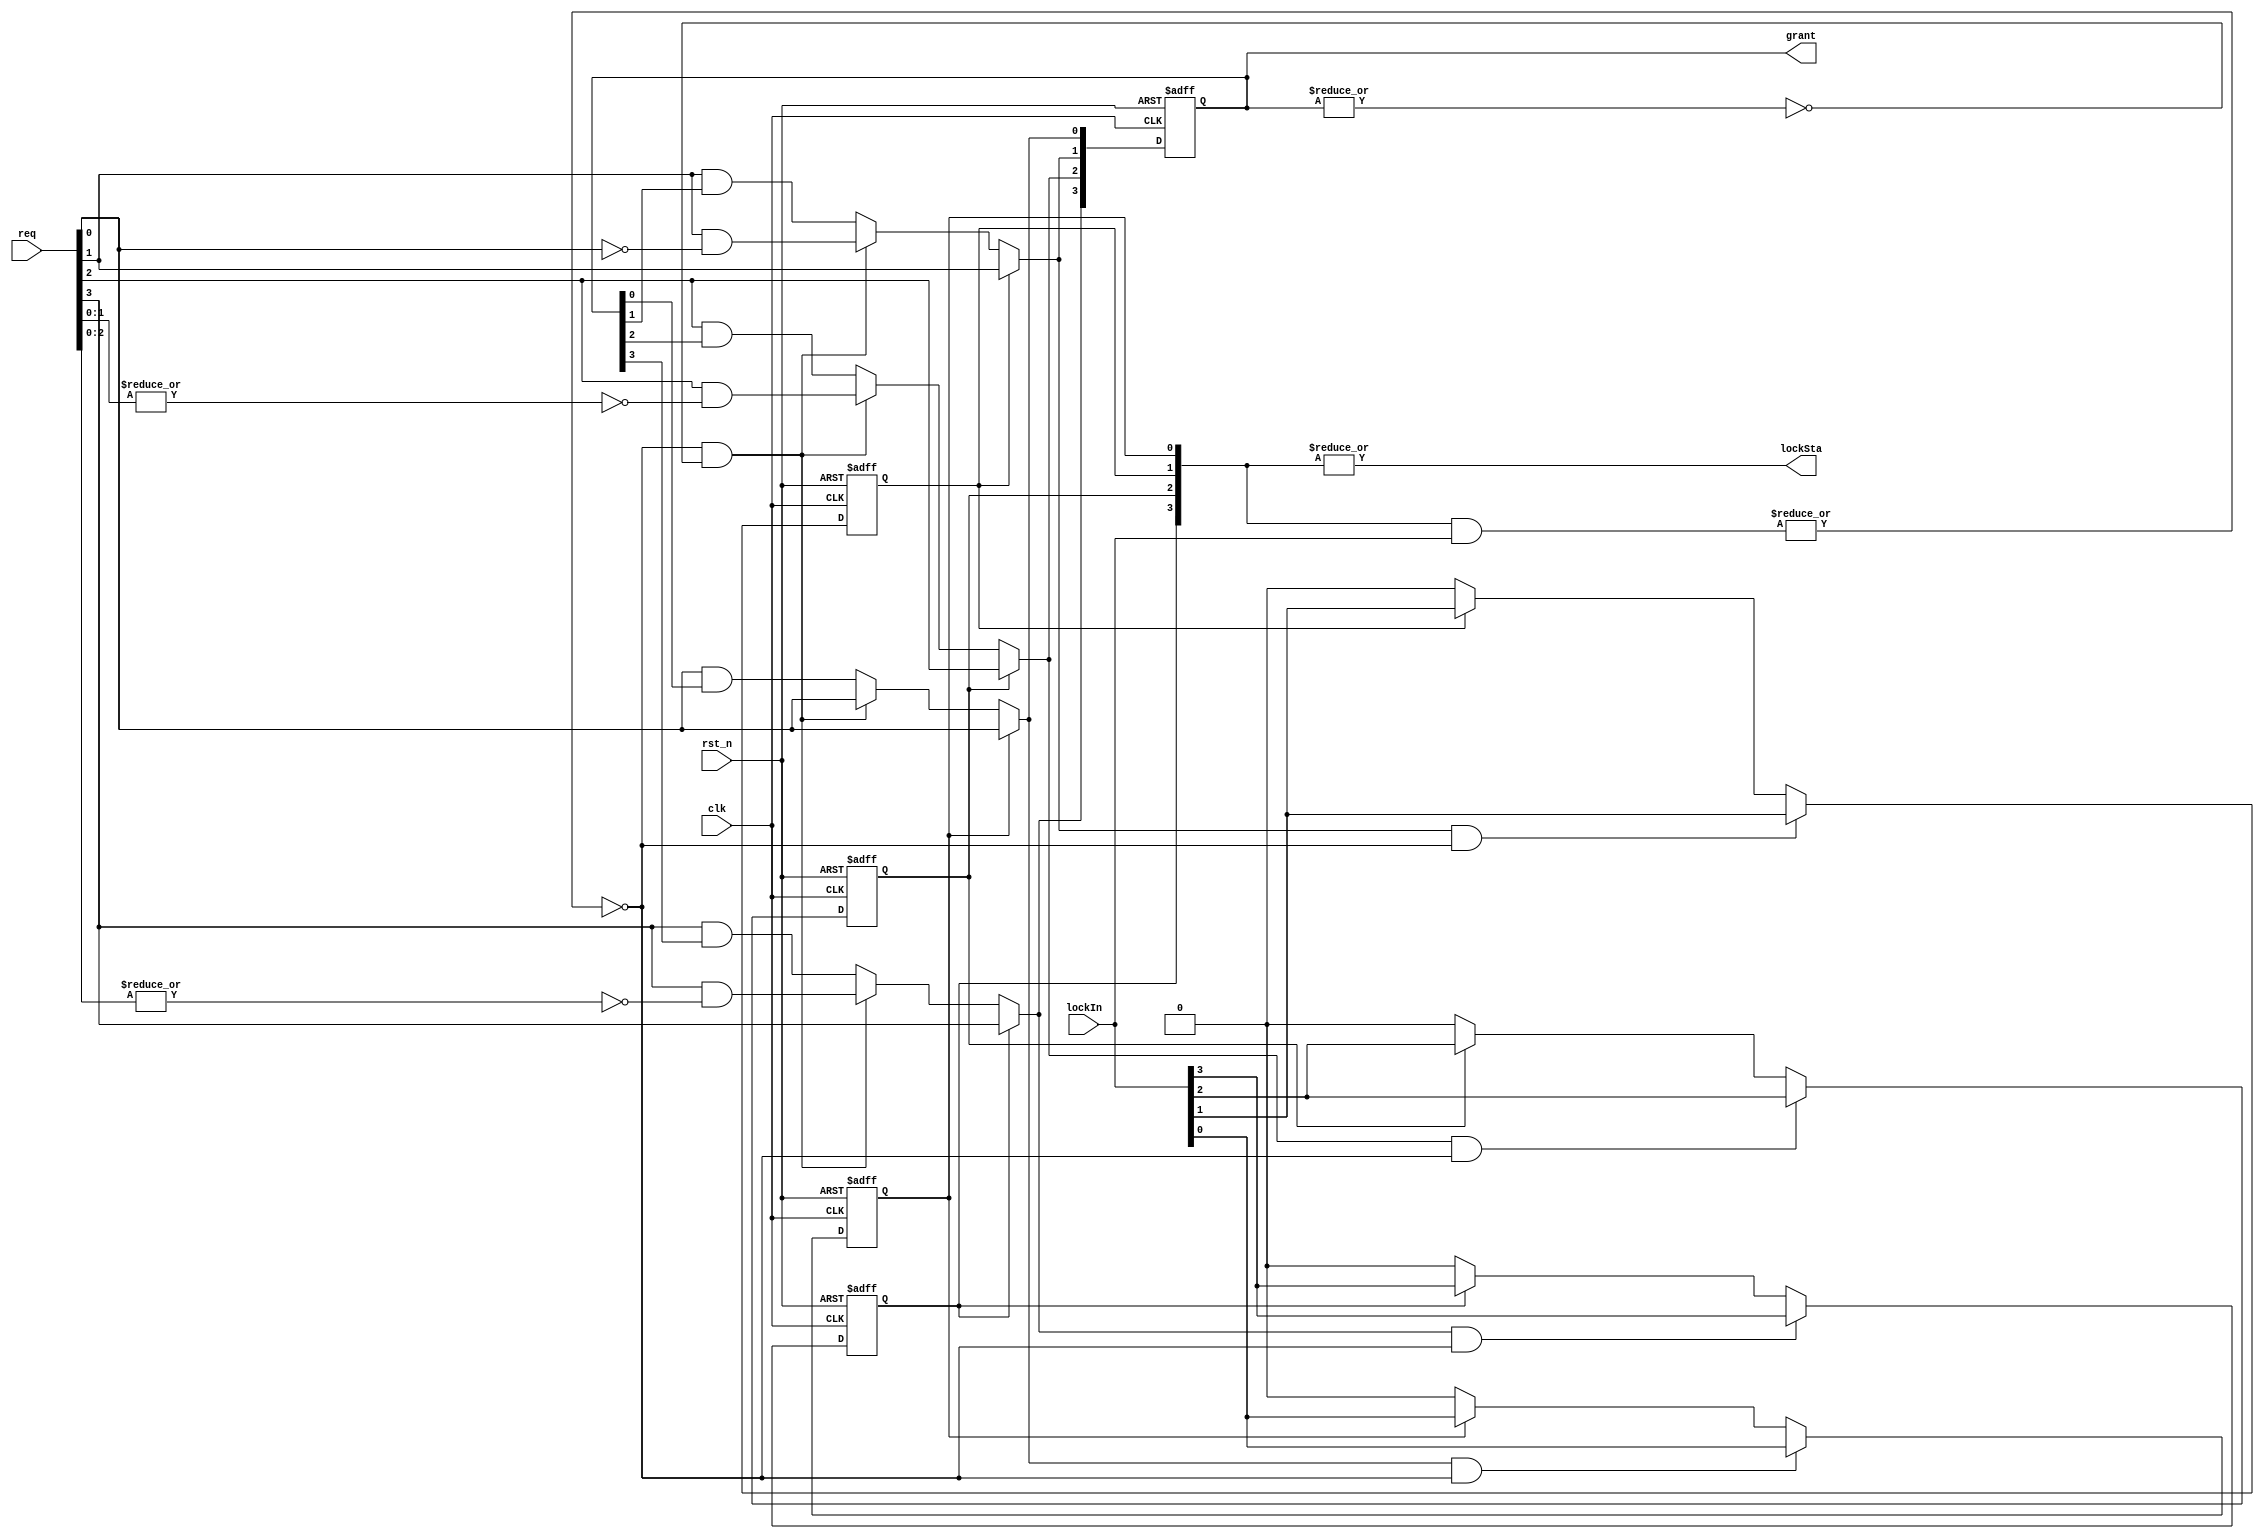
//-------------------------------------------
//Website : https://nguyenquanicd.blogspot.com/
//Function: Fixed priority Arbiter with the request lockIn
//  - req[0] has highest priority.
//  - A source which has a granted request, can lock the current grant
//    and continue being accepted for the next requests
//-------------------------------------------

module ArbFixedPriorityLocked (
  clk,
  rst_n,
  req,
  lockIn,
  lockSta,
  grant
  );
  parameter REQ_NUM = 4;
  //
  input  clk;
  input  rst_n;
  input  [REQ_NUM-1:0] req;
  input  [REQ_NUM-1:0] lockIn;
  output reg [REQ_NUM-1:0] grant;
  output wire lockSta;
  //
  reg [REQ_NUM-1:0] nextGrant;
  reg [REQ_NUM-1:0] lockReg;
  wire noGrant;
  wire noLock;
  //
  assign noGrant = ~|grant[REQ_NUM-1:0];
  //
  //Grant logic
  //
  generate
    genvar i;
	  //For req[0]
	  always @ (*) begin
      if (lockReg[0])
	      nextGrant[0] = req[0];
      else if (noLock & noGrant)
	      nextGrant[0] = req[0]; //highest priority, do not care other requests
	    else
	      nextGrant[0] = req[0] & grant[0];
    end
	  //For req[REQ_NUM-1:1]
	  for (i = 1; i < REQ_NUM; i=i+1) begin: uGrant
      always @ (*) begin
        if (lockReg[i])
	        nextGrant[i] = req[i];
        else if (noLock & noGrant)
	        nextGrant[i] = req[i] & ~|req[i-1:0]; //low priority, must care higher priority
	  	  else
	  	    nextGrant[i] = req[i] & grant[i];
      end
	  end //for loop
  endgenerate
  always @ (posedge clk, negedge rst_n) begin
    if (~rst_n)
      grant[REQ_NUM-1:0] <= {REQ_NUM{1'b0}};
    else
      grant[REQ_NUM-1:0] <= nextGrant[REQ_NUM-1:0];
  end
  //
  //Lock logic - Set lockReg[i] when lockIn[i]=1 and grant[i]=1
  //
  generate
    genvar j;
	  //
	  for (j = 0; j < REQ_NUM; j=j+1) begin: uLock
	  //
      always @ (posedge clk, negedge rst_n) begin
        if (~rst_n)
	        lockReg[j] <= 1'b0;
	      else if (nextGrant[j] & noLock)
	        lockReg[j] <= lockIn[j];
		    else if (lockReg[j])
          lockReg[j] <= lockIn[j];
        else
		      lockReg[j] <= 1'b0;
      end
	  end //for loop
  endgenerate
  //
  assign lockSta = |lockReg[REQ_NUM-1:0];
  assign noLock  = ~|(lockReg[REQ_NUM-1:0] & lockIn[REQ_NUM-1:0]);
  //
  //
endmodule //ArbFixedPriorityLocked